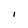
Character: I